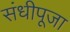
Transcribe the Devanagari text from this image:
संधीपूजा